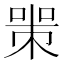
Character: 𠷽